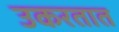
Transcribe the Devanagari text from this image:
उकरतात